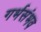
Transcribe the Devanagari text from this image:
गर्भसंभव